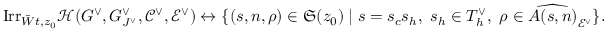
\mathrm { I r r } _ { \bar { W } t , z _ { 0 } } \mathcal H ( G ^ { \vee } , G _ { J ^ { \vee } } ^ { \vee } , \mathcal C ^ { \vee } , \mathcal E ^ { \vee } ) \leftrightarrow \{ ( s , n , \rho ) \in \mathfrak S ( z _ { 0 } ) \mid s = s _ { c } s _ { h } , \ s _ { h } \in T _ { h } ^ { \vee } , \ \rho \in \widehat { A ( s , n ) } _ { \mathcal E ^ { \vee } } \} .